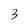
Character: 3